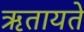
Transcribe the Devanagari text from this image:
ऋतायते